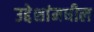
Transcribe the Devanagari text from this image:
उद्देशांमधील